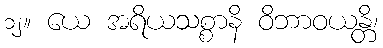
၁၂။ ယေ အရိယသစ္စာနိ ဝိဘာဝယန္တိ၊